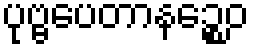
ပုဗ္ဗပေတာနဉ္စေဝ